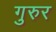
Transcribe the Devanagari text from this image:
गुरुर